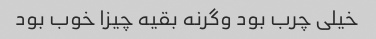
خیلی چرب بود وگرنه بقیه چیزا خوب بود